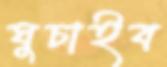
ঘুচাইব